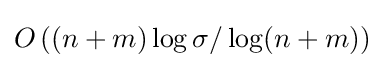
O\left((n+m)\log \sigma /\log(n+m)\right)